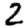
Digit: 2